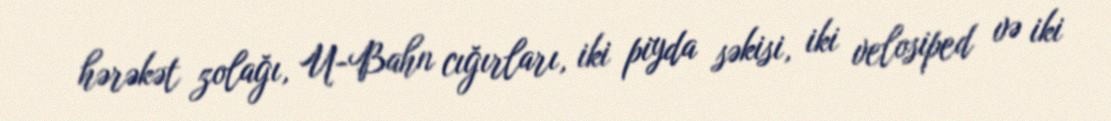
hərəkət zolağı, U-Bahn cığırları, iki piyda səkisi, iki velosiped və iki